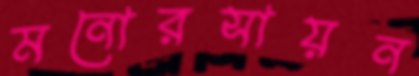
মনোরসায়ন